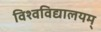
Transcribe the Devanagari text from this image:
विश्वविद्यालयम्‌